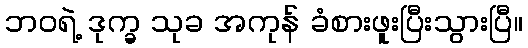
ဘဝရဲ့ ဒုက္ခ သုခ အကုန် ခံစားဖူးပြီးသွားပြီ။